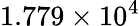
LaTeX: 1.779\times 10^{4}